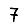
Digit: 7